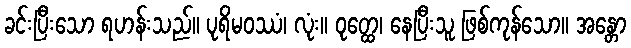
ခင်းပြီးသော ရဟန်းသည်။ ပုရိမဝဿံ၊ လုံး။ ဝုတ္ထေ၊ နေပြီးသူ ဖြစ်ကုန်သော။ အန္တော